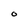
Character: O